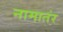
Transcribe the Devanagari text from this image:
नामातंर